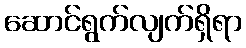
ဆောင်ရွက်လျက်ရှိရာ